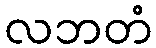
လဘတံ